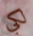
لكي